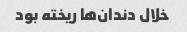
خلال دندان‌ها ریخته بود